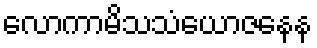
လောကာမိသသံယောဇနေန